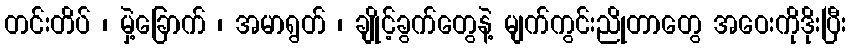
တင်းတိပ် ၊ မှဲ့ခြောက် ၊ အမာရွတ် ၊ ချိုင့်ခွက်တွေနဲ့ မျက်ကွင်းညိုတာတွေ အဝေးကိုဒိုးပြီး